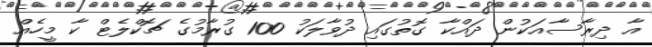
އާ ދިރާސާއަކުން ދައްކާ ގޮތުގައި ދުވާލަކު 100 ގުރާމުގެ ޗޮކްލެޓް ކާ މީހެއް